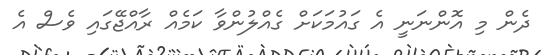
ދެން މި އޮންނަނީ އެ ގައުމަކަށް ގެއްލުންވާ ކަމެއް ރާއްޖޭގައި ވެސް އެ